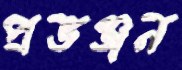
প্রভঞ্জন